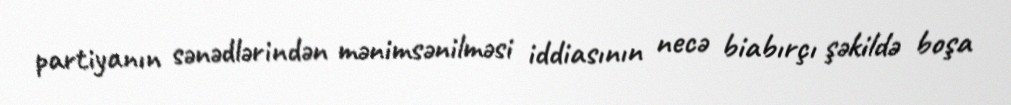
partiyanın sənədlərindən mənimsənilməsi iddiasının necə biabırçı şəkildə boşa